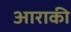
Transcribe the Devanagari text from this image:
आराकी